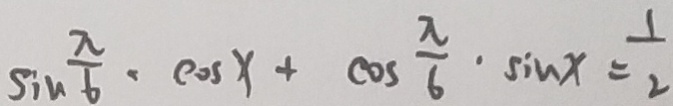
\sin \frac { \pi } { 6 } \cdot \cos x + \cos \frac { \pi } { 6 } \cdot \sin x = \frac { 1 } { 2 }